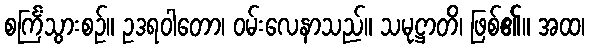
စင်္ကြံသွားစဉ်။ ဥဒရဝါတော၊ ဝမ်းလေနာသည်။ သမုဋ္ဌာတိ၊ ဖြစ်၏။ အထ၊